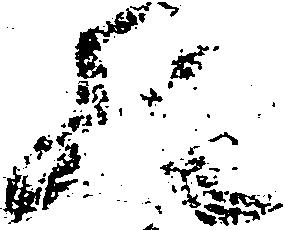
の